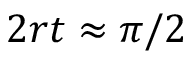
2 r t \approx \pi / 2